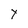
Character: t